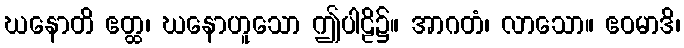
ဃနောတိ ဧတ္ထ၊ ဃနောဟူသော ဤပါဠိ၌။ အာဂတံ၊ လာသော။ ဧဝမာဒိ၊